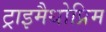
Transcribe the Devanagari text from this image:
ट्राइमैथोप्रिम